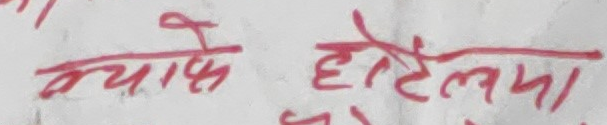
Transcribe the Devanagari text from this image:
क्योंकि होटेलमा